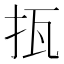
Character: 㧚